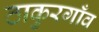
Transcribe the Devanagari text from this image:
ठाकुरगाँव